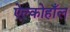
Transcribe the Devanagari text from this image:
ऐल्कोहाँल